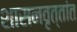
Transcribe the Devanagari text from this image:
शासनवृत्तांत